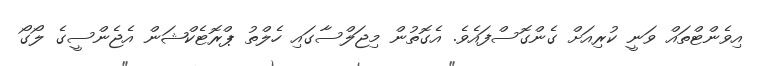
އިވެންޓްތައް ވަނީ ކުރިއަށް ގެންގޮސްފައެވެ. އެގޮތުން މިޖަލްސާގައި ހެލްތު ޕްރޮޓެކްޝަން އެޖެންސީގެ ލޯގޯ